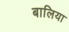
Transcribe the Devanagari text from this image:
बालिया